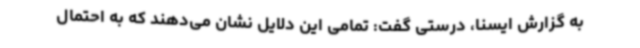
به گزارش ایسنا، درستی گفت: تمامی این دلایل نشان می‌دهند که به احتمال